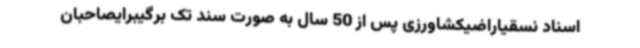
اسناد نسقیاراضیکشاورزی پس از 50 سال به صورت سند تک برگیبرایصاحبان